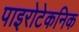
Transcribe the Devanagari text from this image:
पाइरोटेकनिक